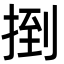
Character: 捯